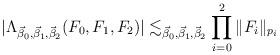
LaTeX: \begin{align*}|\Lambda_{\vec\beta_{0},\vec\beta_{1},\vec\beta_{2}}(F_{0},F_{1},F_{2})|\lesssim_{\vec\beta_{0},\vec\beta_{1},\vec\beta_{2}} \prod_{i=0}^{2} \| F_{i} \|_{p_{i}}\end{align*}